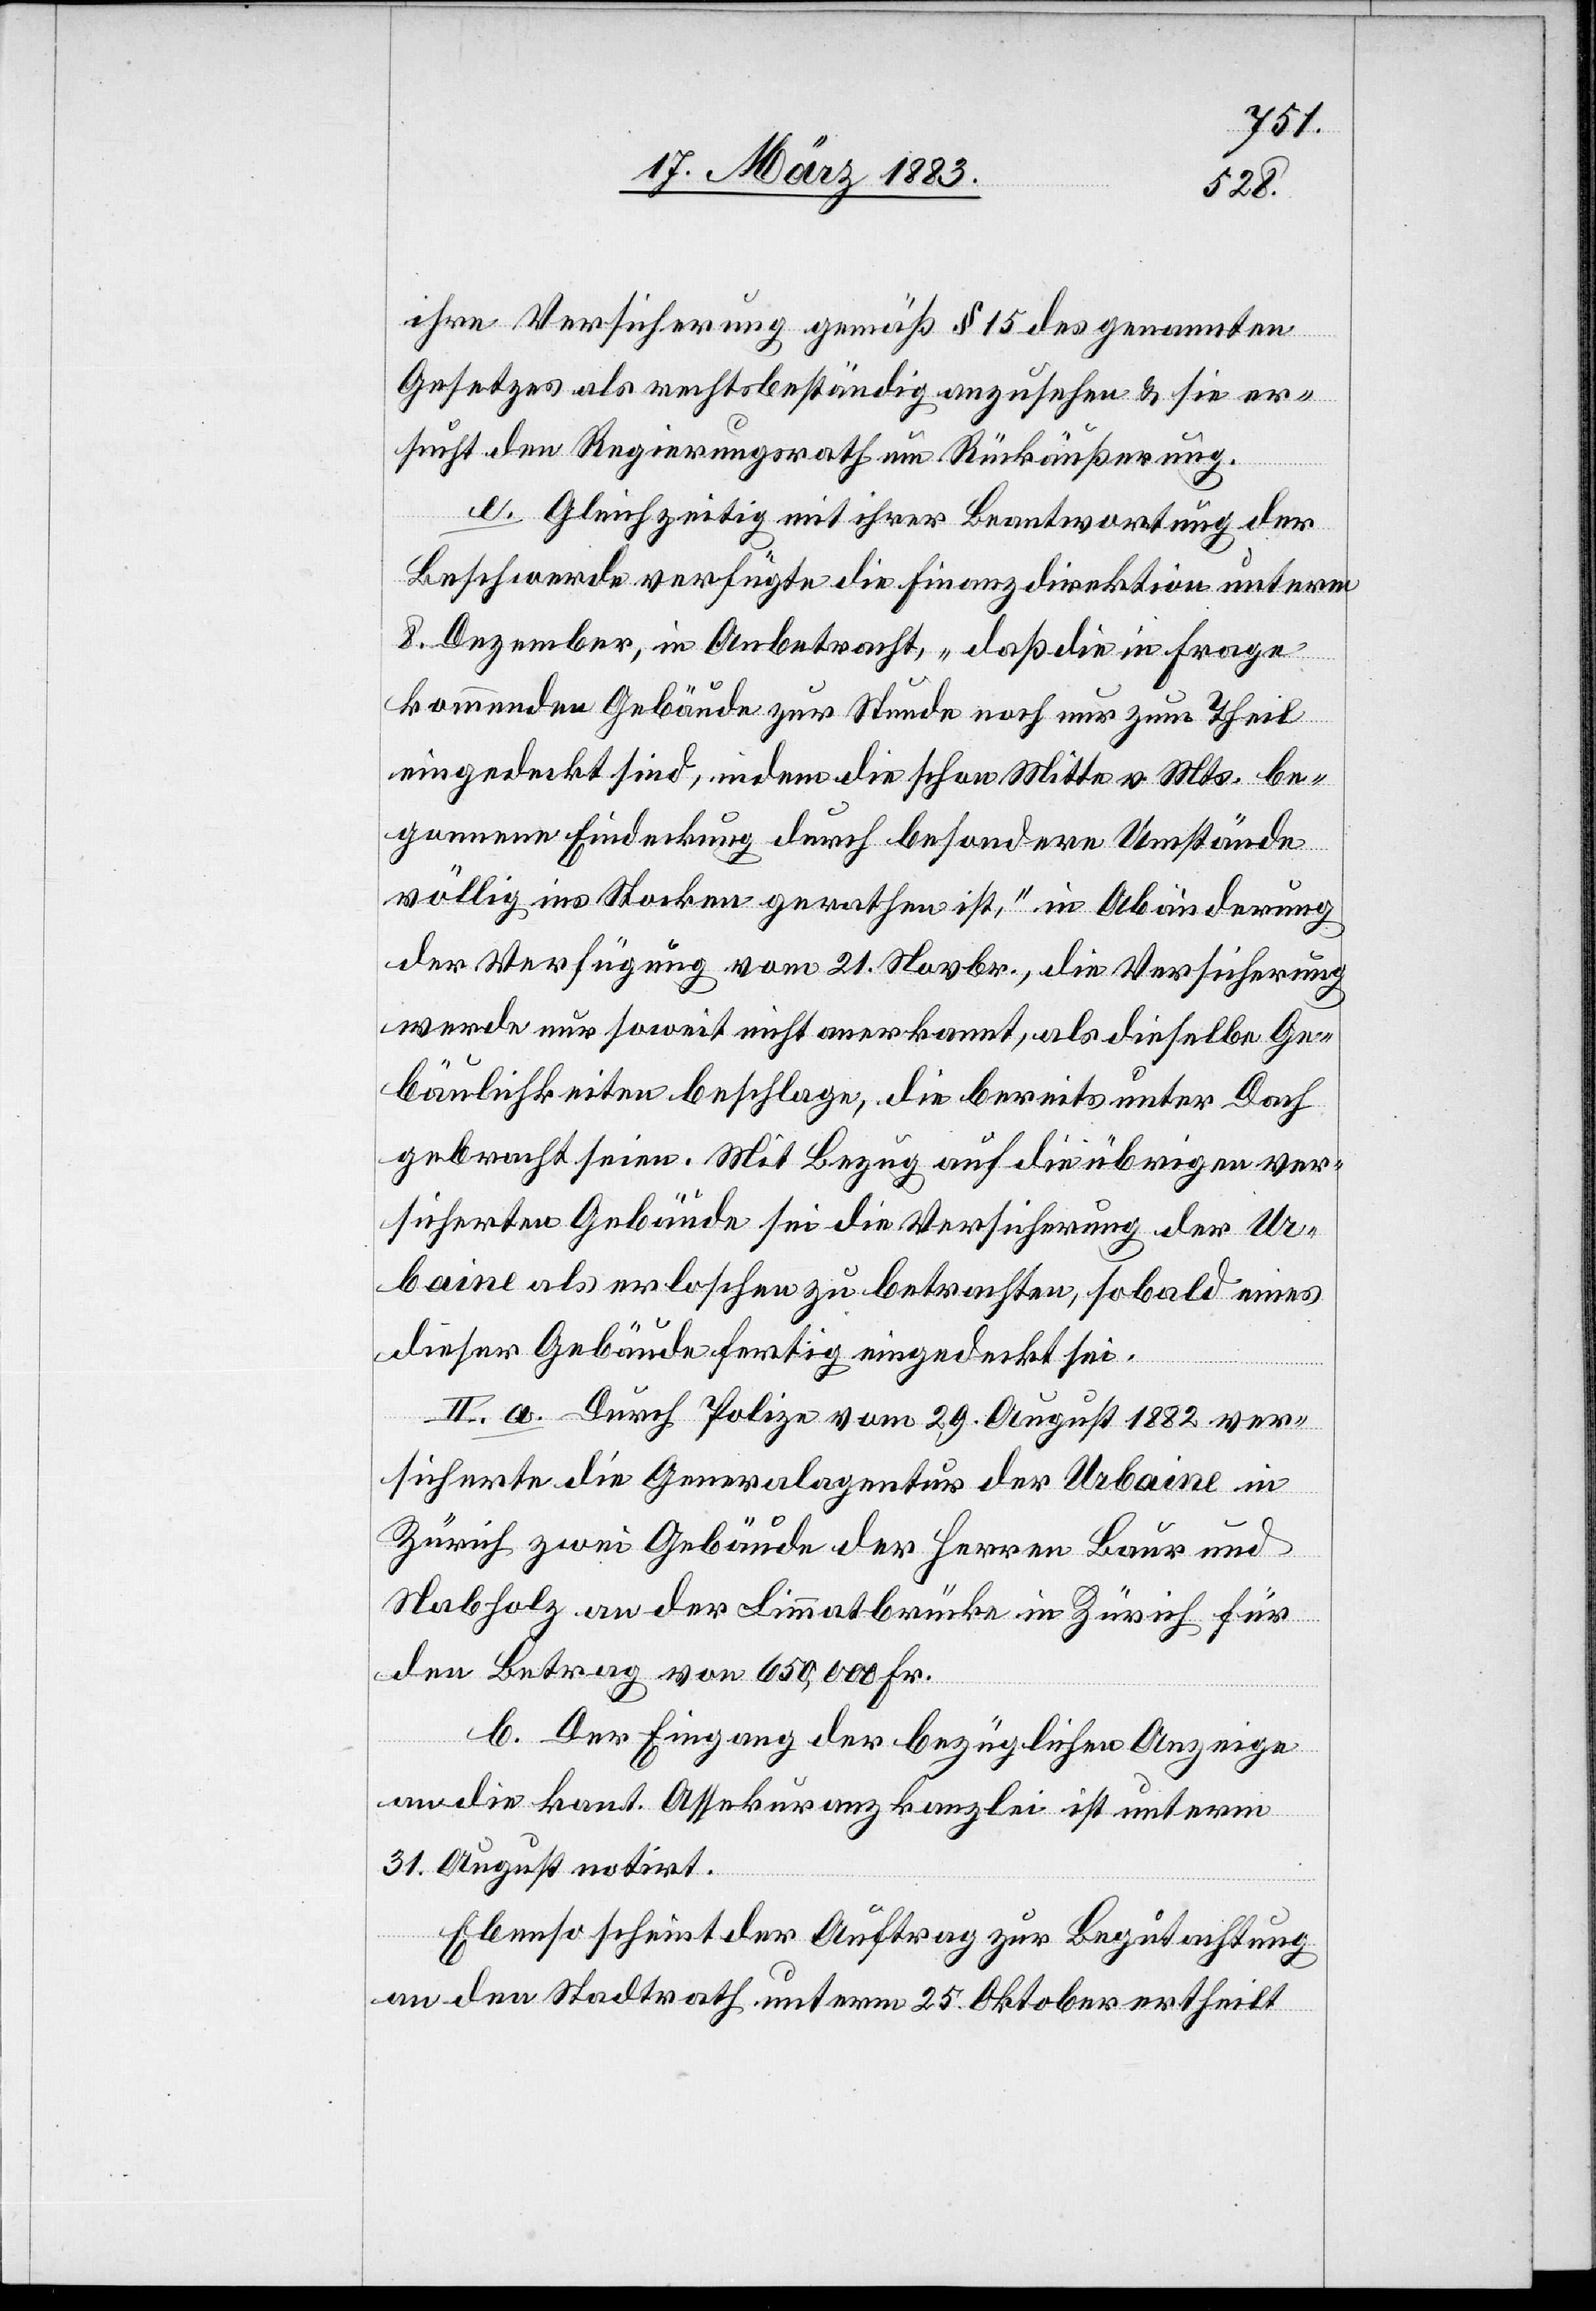
ihre Versicherung gemäß § 15 des genannten
Gesetzes als rechtsbeständig anzusehen [sei] & sie er¬
sucht den Regierungsrath um Rückäußerung.
e. Gleichzeitig mit ihrer Beantwortung der
Beschwerde verfügte die Finanzdirektion unterm
8. Dezember, in Anbetracht, „daß die in Frage
kommenden Gebäude zur Stunde noch nur zum Theil
eingedeckt sind, indem die schon Mitte v. Mts. be¬
gonnene Eindeckung durch besondere Umstände
völlig ins Stocken gerathen ist“, in Abänderung
der Verfügung vom 21. Novbr., die Versicherung
werde nur soweit nicht anerkannt, als dieselbe Ge¬
bäulichkeiten beschlage, die bereits unter Dach
gebracht seien. Mit Bezug auf die übrigen ver¬
sicherten Gebäude sei die Versicherung der Ur¬
baine als erloschen zu betrachten, sobald eines
dieser Gebäude fertig eingedeckt sei.
II. a. Durch Polize vom 29. August 1882 ver¬
sicherte die Generalagentur der Urbaine in
Zürich zwei Gebäude der Herren Baur und
Nabholz an der Limmatbrücke in Zürich für
den Betrag von 650,000 Fr.
b. Der Eingang der bezüglichen Anzeige
an die kant. Assekuranzkanzlei ist unterm
31. August notirt.
Ebenso scheint der Auftrag zur Begutachtung
an den Stadtrath unterm 25. Oktober ertheilt